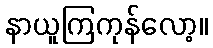
နာယူကြကုန်လော့။